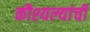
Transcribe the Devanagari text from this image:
कौश्यल्यांची